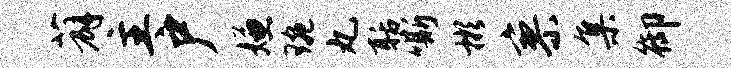
薜主户嫌琬丸聒嘶彬寥集御